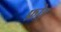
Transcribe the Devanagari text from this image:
फ़ोड़